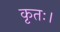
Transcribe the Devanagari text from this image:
कृतः।